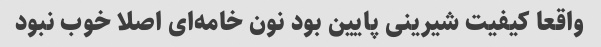
واقعا کیفیت شیرینی پایین بود نون خامه‌ای اصلا خوب نبود